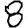
Digit: 8